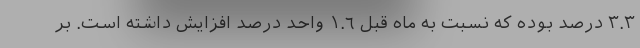
٣.٣ درصد بوده که نسبت به ماه قبل ١.٦ واحد درصد افزایش داشته است. بر